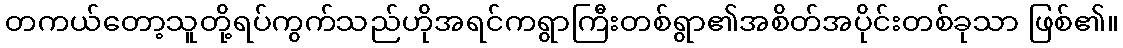
တကယ်တော့သူတို့ရပ်ကွက်သည်ဟိုအရင်ကရွာကြီးတစ်ရွာ၏အစိတ်အပိုင်းတစ်ခုသာ ဖြစ်၏။